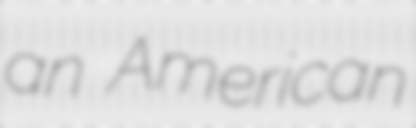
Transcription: an American